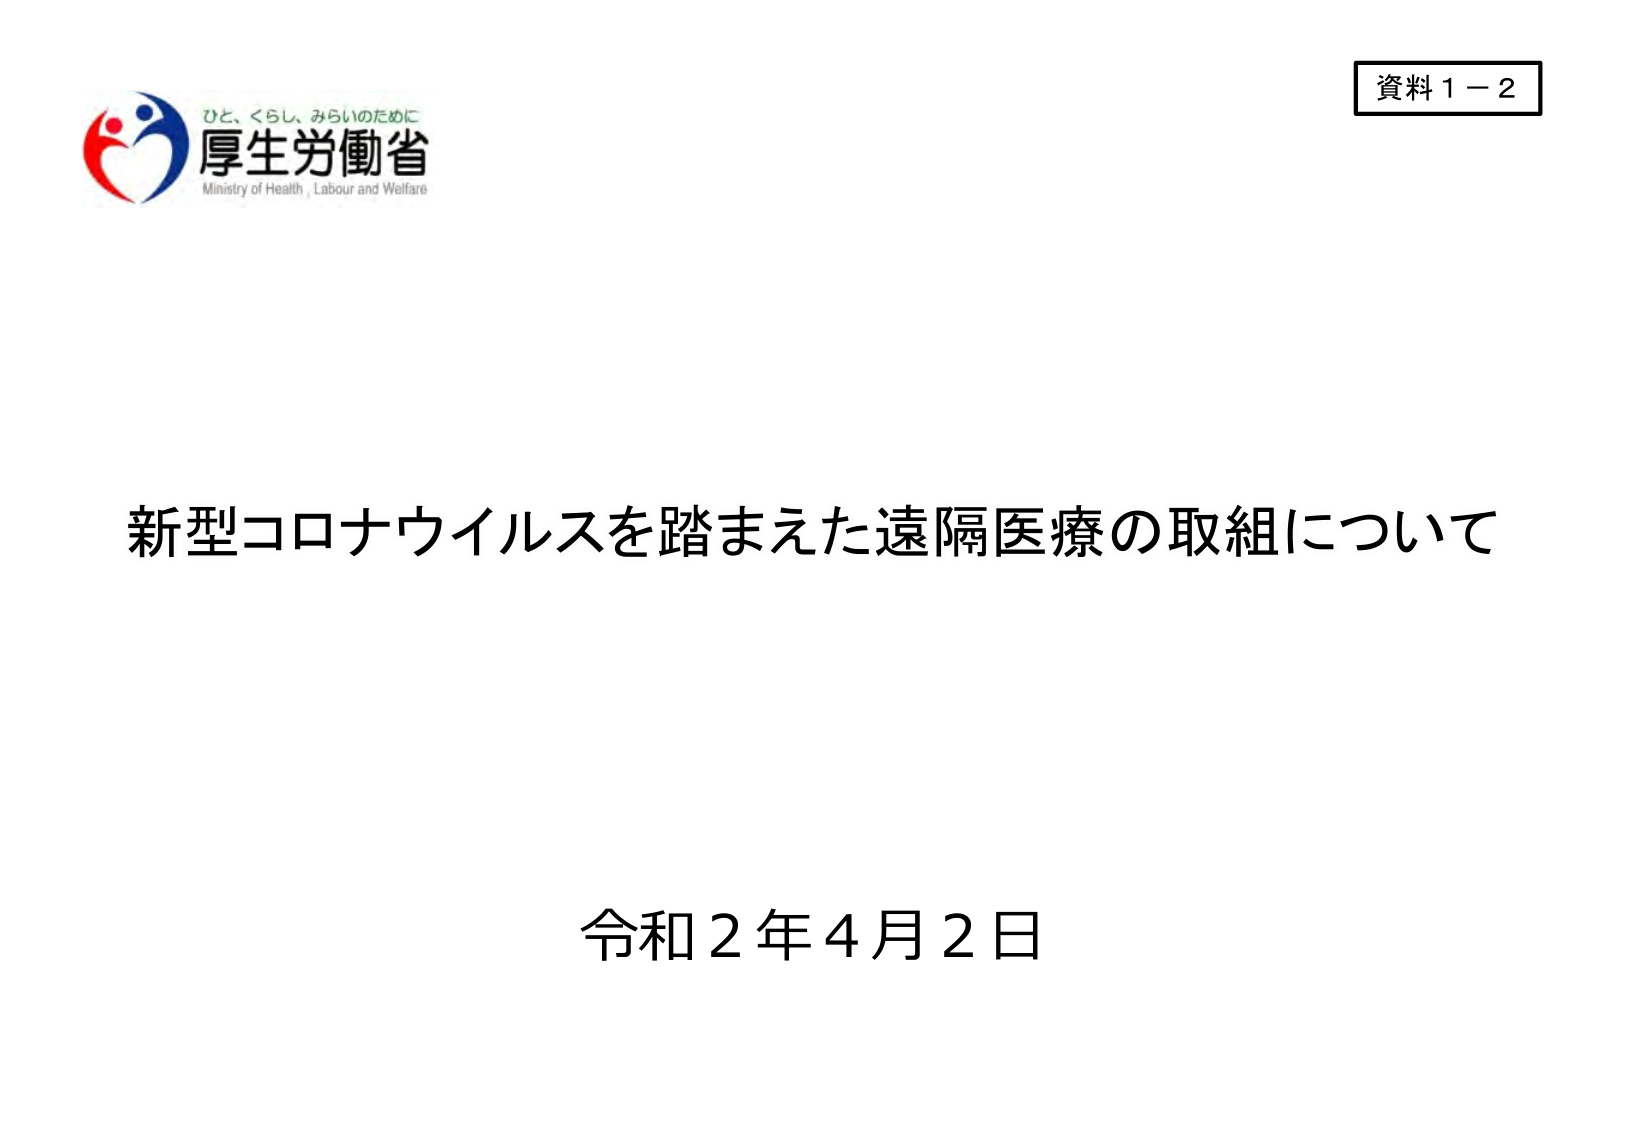
資料１－２
ひと、くらし、みらいのために
厚生労働省
Ministry of Health, Labour and Welfare
新型コロナウイルスを踏まえた遠隔医療の取組について
令和２年４月２日